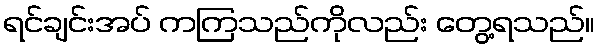
ရင်ချင်းအပ် ကကြသည်ကိုလည်း တွေ့ရသည်။